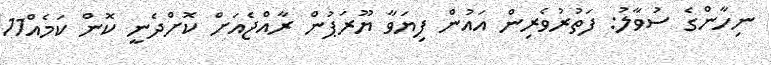
ނިހާންގެ ސުވާލު: ފަތުރުވެރިން އައުން ފިޔަވާ ޔޫރަޕުން ރާއްޖެއަށް ކޮށްދެނީ ކޮން ކަމެއް11